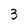
Character: 3